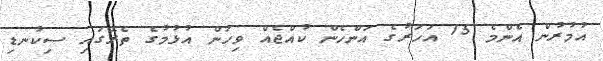
އުމުރުން އެންމެ 15 އަހަރުގެ އަންހެން ކުއްޖެއް ވިހަން އުޅުމުގެ ތެރޭގައި ސިކުނޑި